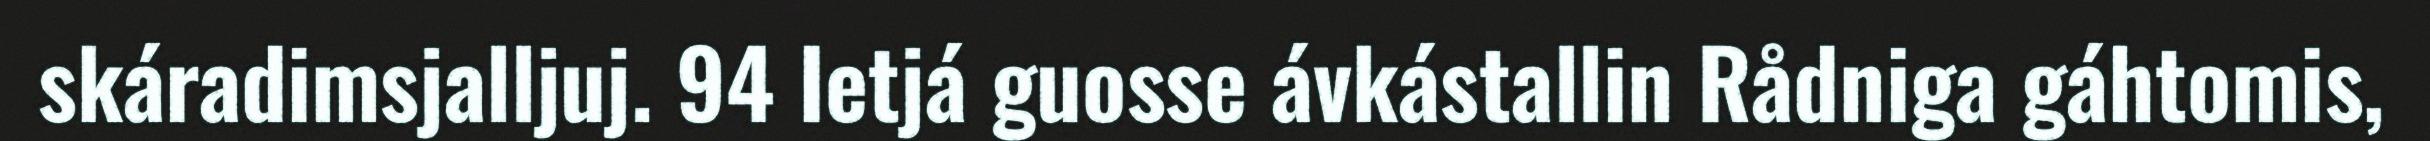
skáradimsjalljuj. 94 Ietjá guosse ávkástallin Rådniga gáhtomis,